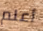
أعلم